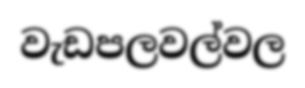
වැඩපලවල්වල